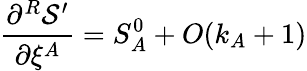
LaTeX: \frac{\partial^{R}{\cal S}^{\prime}}{\partial\xi^{A}}=S_{A}^{0}+O(k_{A}+1)